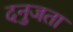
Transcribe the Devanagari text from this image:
दनुजता